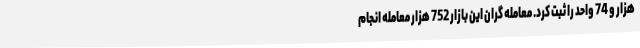
هزار و 74 واحد را ثبت کرد. معامله گران این بازار 752 هزار معامله انجام